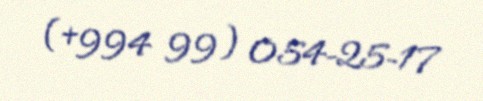
(+994 99) 054-25-17